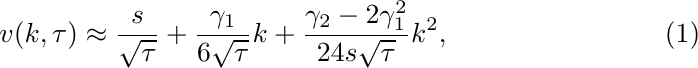
\begin{equation}
    \label{Model free}
    v(k, \tau) \approx \frac{s}{\sqrt{\tau}} + \frac{\gamma_1}{6\sqrt{\tau}}k + \frac{\gamma_2 -2 \gamma_1^2}{24s\sqrt{\tau}}k^2,
\end{equation}